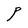
Character: P